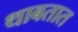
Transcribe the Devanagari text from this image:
थाबतात